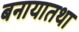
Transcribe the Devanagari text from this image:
बनायातथा